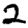
Digit: 2